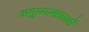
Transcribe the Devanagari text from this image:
अनुव्याख्याओं